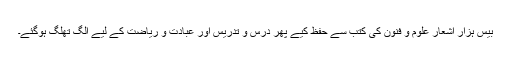
بیس ہزار اشعار علوم و فنون کی کتب سے حفظ کیے پھر درس و تدریس اور عبادت و ریاضت کے لیے الگ تھلگ ہوگئے۔